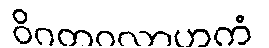
ဝိဂတဝလာဟကံ